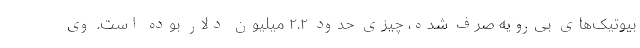
بیوتیک‌های بی‌رویه صرف شده، چیزی حدود ۲.۲ میلیون دلار بوده است. وی